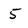
Character: 5